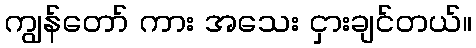
ကျွန်တော် ကား အသေး ငှားချင်တယ်။